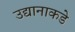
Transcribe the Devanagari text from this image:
उद्यानाकडे